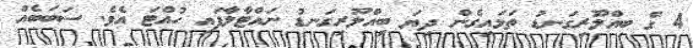
4 ގެ ބިއްލޫރިގަނޑު ތަޅައިގެން ދިޔަ ބިއްލޫރިގަނޑު ނައްޓާލާފައި ހުއްޓަ އެވެ. ސަބަބެއް